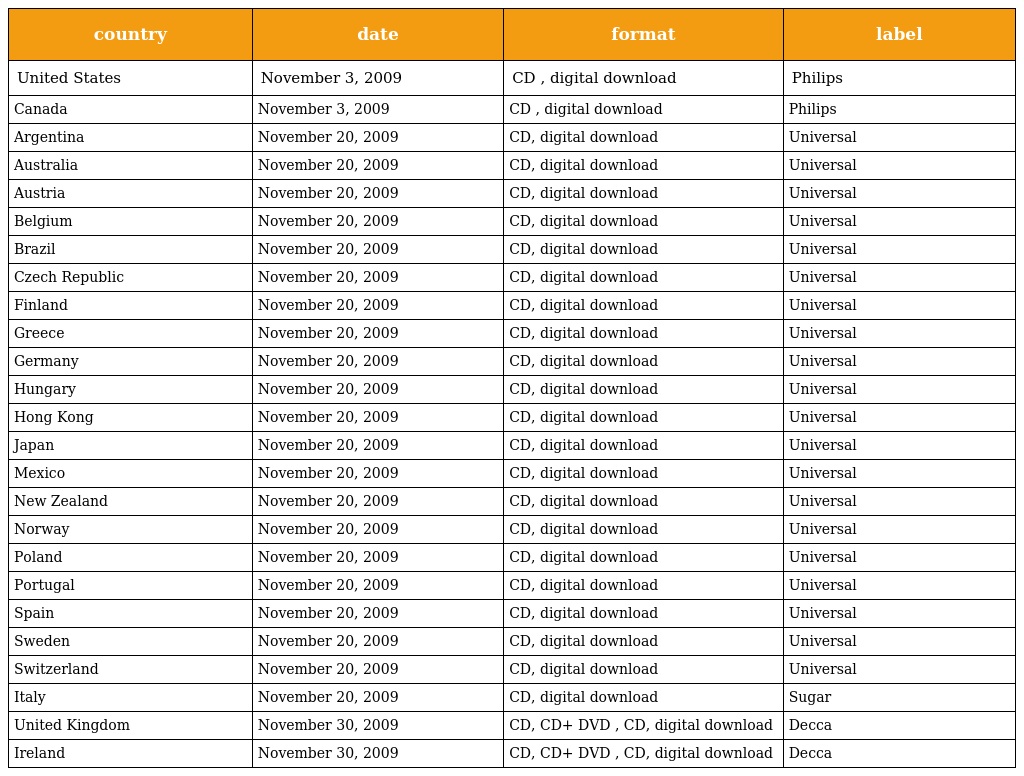
| country | date | format | label |
 | --- | --- | --- | --- |
 | United States | November 3, 2009 | CD , digital download | Philips |
 | Canada | November 3, 2009 | CD , digital download | Philips |
 | Argentina | November 20, 2009 | CD, digital download | Universal |
 | Australia | November 20, 2009 | CD, digital download | Universal |
 | Austria | November 20, 2009 | CD, digital download | Universal |
 | Belgium | November 20, 2009 | CD, digital download | Universal |
 | Brazil | November 20, 2009 | CD, digital download | Universal |
 | Czech Republic | November 20, 2009 | CD, digital download | Universal |
 | Finland | November 20, 2009 | CD, digital download | Universal |
 | Greece | November 20, 2009 | CD, digital download | Universal |
 | Germany | November 20, 2009 | CD, digital download | Universal |
 | Hungary | November 20, 2009 | CD, digital download | Universal |
 | Hong Kong | November 20, 2009 | CD, digital download | Universal |
 | Japan | November 20, 2009 | CD, digital download | Universal |
 | Mexico | November 20, 2009 | CD, digital download | Universal |
 | New Zealand | November 20, 2009 | CD, digital download | Universal |
 | Norway | November 20, 2009 | CD, digital download | Universal |
 | Poland | November 20, 2009 | CD, digital download | Universal |
 | Portugal | November 20, 2009 | CD, digital download | Universal |
 | Spain | November 20, 2009 | CD, digital download | Universal |
 | Sweden | November 20, 2009 | CD, digital download | Universal |
 | Switzerland | November 20, 2009 | CD, digital download | Universal |
 | Italy | November 20, 2009 | CD, digital download | Sugar |
 | United Kingdom | November 30, 2009 | CD, CD+ DVD , CD, digital download | Decca |
 | Ireland | November 30, 2009 | CD, CD+ DVD , CD, digital download | Decca |